Newspaper: The Nashville daily union. [volume]
Place of publication: Nashville, Tenn.
Publisher: Published by an Association of Printers
Date: 1865-04-14 00:00:00
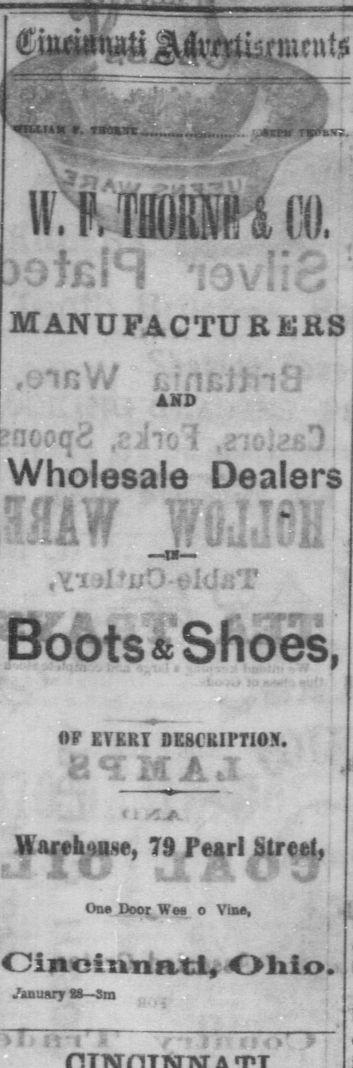
Advertisement text (OCR):
VILLI AM f. TaOi-TC.... t imm i it MANUPACTUKUHS 1 5 . it i ? i i AKD Wholesale Dealers w ; , f Boots & Shoes, OF EVERT BESCKIPTIOX. Warthoase, 79 Pearl Street, One Door Wee o Vine, Oincinritxtl, Oliio. .'anuary 28 3m
Label: illustrations